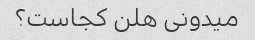
میدونی هلن کجاست؟